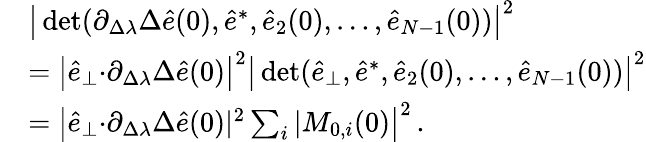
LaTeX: \begin{array}{rl}&{{\big\vert\operatorname*{det}(\partial_{\Delta\lambda}\Delta\hat{e}(0),\hat{e}^{*},\hat{e}_{2}(0),\dots,\hat{e}_{N-1}(0))\big\vert^{2}}}\\ &{={\big\vert\hat{e}_{\perp}{\cdot}\partial_{\Delta\lambda}\Delta\hat{e}(0)\big\vert^{2}\big\vert\operatorname*{det}(\hat{e}_{\perp},\hat{e}^{*},\hat{e}_{2}(0),\dots,\hat{e}_{N-1}(0))\big\vert^{2}}}\\ &{={\big\vert\hat{e}_{\perp}{\cdot}\partial_{\Delta\lambda}\Delta\hat{e}(0)\vert^{2}\sum_{i}\vert M_{0,i}(0)\big\vert^{2}}\, .}\end{array}